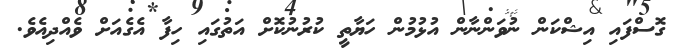
ގޮސްފައި އިޝްކަން ނުވަންނާން އުޅުމުން ހަޔާތީ ކުރުނުކޮށް އަތުގައި ހިފާ އެގެއަށް ވެއްދިއެވެ.